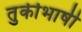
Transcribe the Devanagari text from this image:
तुर्कीभाषी